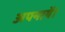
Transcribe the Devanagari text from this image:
अपनायें।